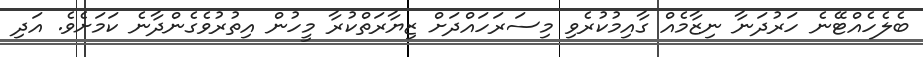
ބެލެހެއްޓޭނެ ހަރުދަނާ ނިޒާމެއް ގާއިމުކުރެވި މިސަރަހައްދަށް ޒިޔާރަތްކުރާ މީހުން އިތުރުވެގެންދާނެ ކަމަށެވެ. އަދި